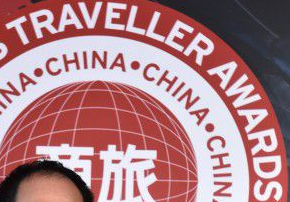
TRAVELLER AWARDS